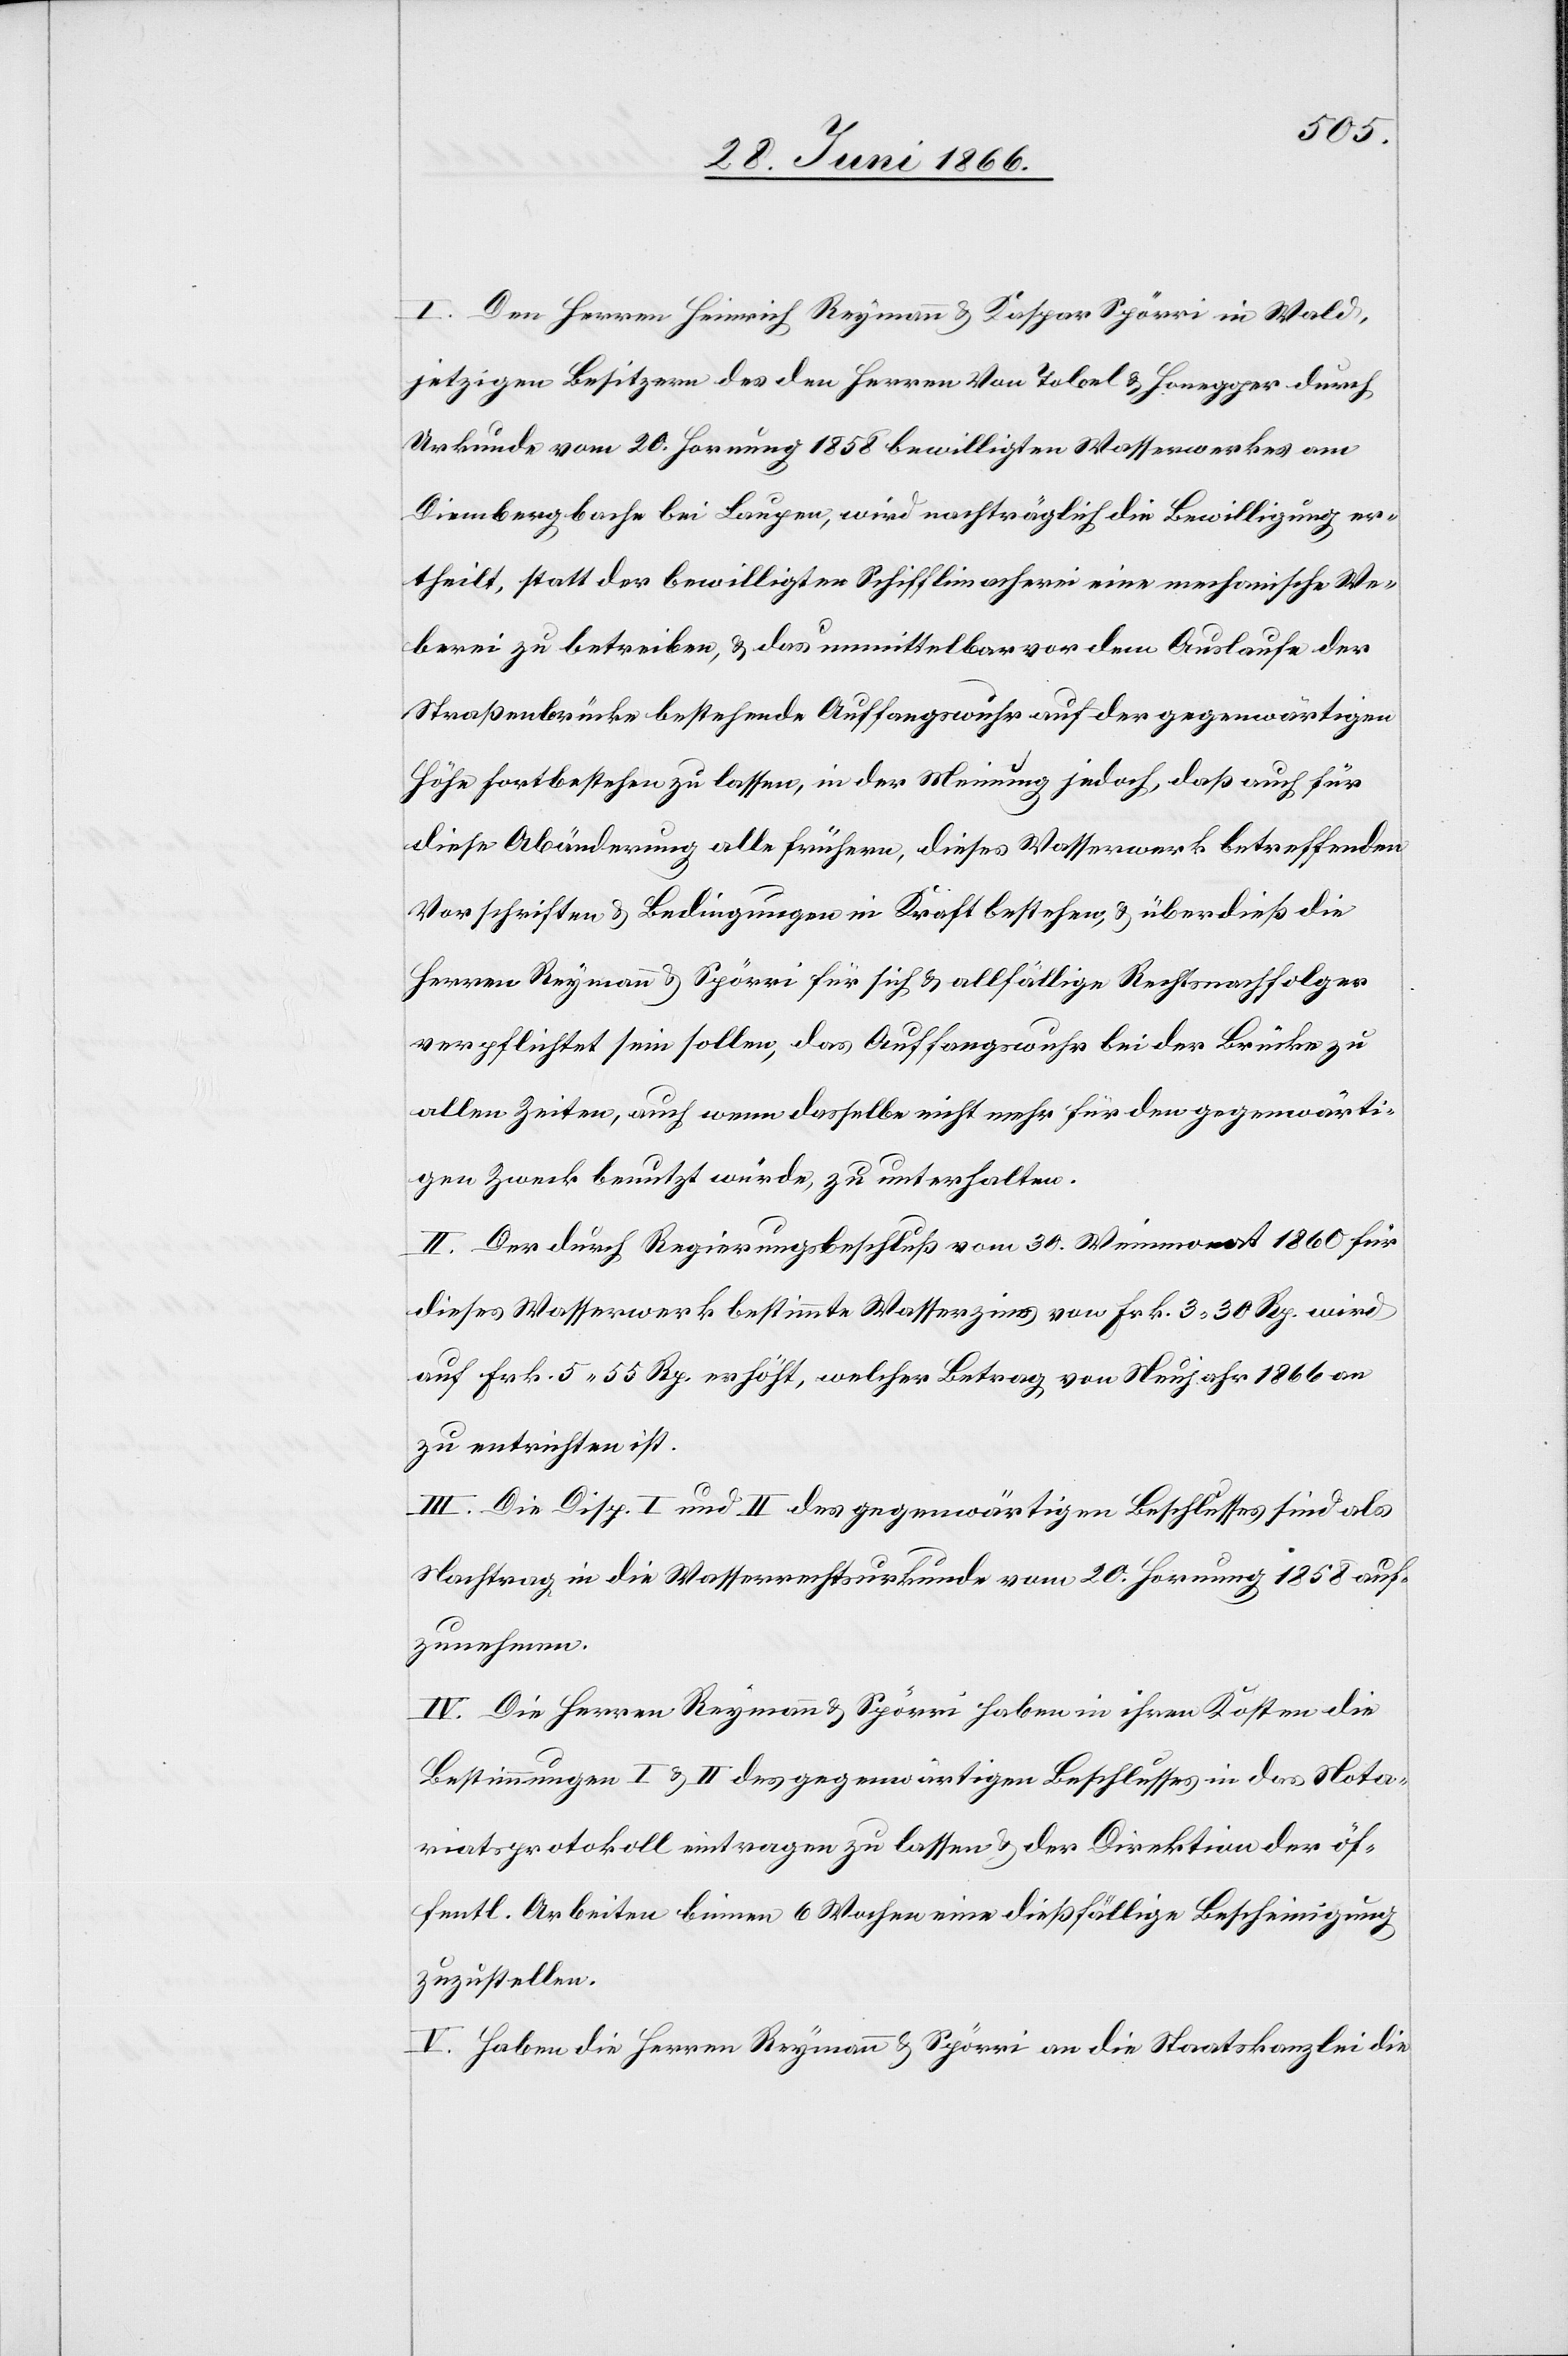
I. Den Herren Heinrich Reymann u. Kaspar Spörri in Wald,
jetzigen Besitzern des den Herren Von Tobel [sic!] u. Honegger durch
Urkunde vom 20. Hornung 1858 bewilligten Wasserwerkes am
Diembergbache bei Laupen, wird nachträglich die Bewilligung er¬
theilt, statt der bewilligten Schifflimacherei eine mechanische We¬
berei zu betreiben u. das unmittelbar vor dem Auslaufe der
Straßenbrücke bestehende Auffangswuhr auf der gegenwärtigen
Höhe fortbestehen zu lassen, in der Meinung jedoch, daß auch für
diese Abänderung alle frühern, dieses Wasserwerk betreffenden
Vorschriften u. Bedingungen in Kraft bestehen u. überdieß die
Herren Reymann u. Spörri für sich u. allfällige Rechtsnachfolger
verpflichtet sein sollen, das Auffangswuhr bei der Brücke zu
allen Zeiten, auch wenn dasselbe nicht mehr für den gegenwärti¬
gen Zweck benutzt würde, zu unterhalten.
II. Der durch Regierungsbeschluß vom 30. Weinmonat 1860 für
dieses Wasserwerk bestimmte Wasserzins von Frk. 3.30 Rp. wird
auf Fr. 5.55 Rp. erhöht, welcher Betrag von Neujahr 1866 an
zu entrichten ist.
III. Die Disp. I und II des gegenwärtigen Beschlusses sind als
Nachtrag in die Wasserwerksurkunde vom 20. Hornung auf¬
zunehmen.
IV. Die Herren Reymann u. Spörri haben in ihren Kosten die
Bestimmungen I u. II des gegenwärtigen Beschlusses in das Nota¬
riatsprotokoll eintragen zu lassen u. der Direktion der öf¬
fentl. Arbeiten binnen 6 Wochen dießfällige Bescheinigung
zuzustellen.
V. Haben die Herren Reymann u. Spörri an die Staatskanzlei die